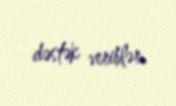
dəstək veriblər.